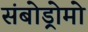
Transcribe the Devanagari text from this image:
संबोड्रोमो